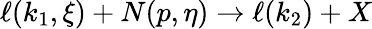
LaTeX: \ell(k_{1},\xi)+N(p,\eta)\rightarrow\ell(k_{2})+X